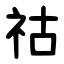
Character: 祜